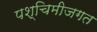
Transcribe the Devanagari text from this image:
पश्चिमीजगत